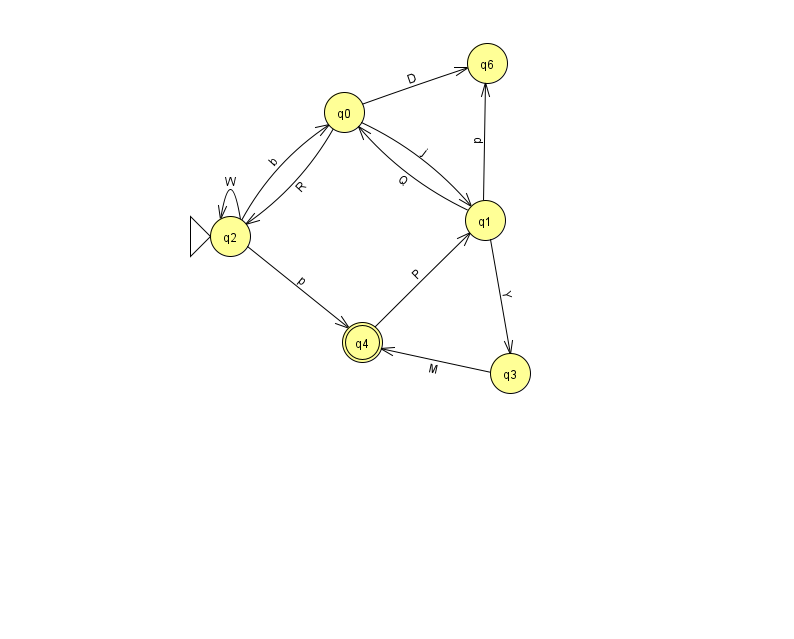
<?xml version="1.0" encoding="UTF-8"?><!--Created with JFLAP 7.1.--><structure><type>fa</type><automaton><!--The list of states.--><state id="0" name="q0"><x>344.0</x><y>99.0</y></state><state id="1" name="q1"><x>485.0</x><y>207.0</y></state><state id="2" name="q2"><x>230.0</x><y>223.0</y><initial/></state><state id="3" name="q3"><x>510.0</x><y>360.0</y></state><state id="4" name="q4"><x>362.0</x><y>329.0</y><final/></state><state id="6" name="q6"><x>487.0</x><y>50.0</y></state><!--The list of transitions.--><transition><from>4</from><to>1</to><read>P</read></transition><transition><from>3</from><to>4</to><read>M</read></transition><transition><from>1</from><to>3</to><read>Y</read></transition><transition><from>0</from><to>1</to><read>j</read></transition><transition><from>0</from><to>6</to><read>D</read></transition><transition><from>2</from><to>2</to><read>W</read></transition><transition><from>2</from><to>4</to><read>p</read></transition><transition><from>0</from><to>2</to><read>R</read></transition><transition><from>2</from><to>0</to><read>b</read></transition><transition><from>1</from><to>0</to><read>Q</read></transition><transition><from>1</from><to>6</to><read>p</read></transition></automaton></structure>